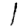
Digit: 1